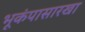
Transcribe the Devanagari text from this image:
भूकंपासारखा